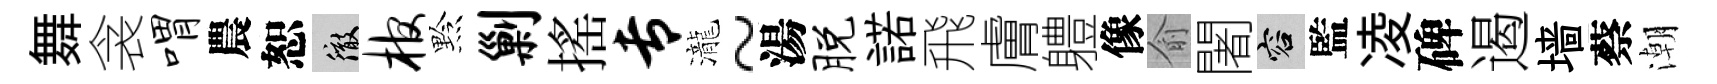
舞衾喟農恕徹棺黔剿搖专瀧~湯脱諾飛膚軆像俞闍容監凌碑遏墙蔡潮